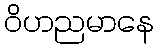
ဝိဟညမာနေ